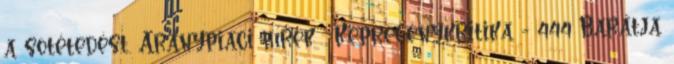
a sötétedést. Aranypiaci hírek . Képregénykritika - 444 Barátja